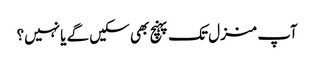
آپ منزل تک پہنچ بھی سکیں گے یا نہیں؟